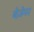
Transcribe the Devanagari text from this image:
बेज़ेमर